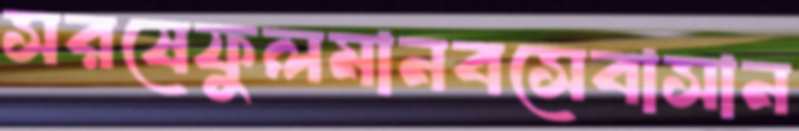
সরষেফুলমানবসেবাসান